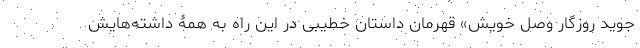
جوید روزگار وصل خویش» قهرمان داستان خطیبی در این راه به همۀ داشته‌هایش